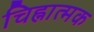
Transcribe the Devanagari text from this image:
चिह्नात्मक